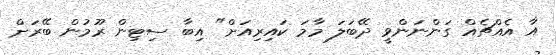
އާ އެއްޗެއް ގަންނަންވީ ދޭބަލަ މާމަ ކައިރިއަށް" އިބާ ސިޓިން ރޫމުން ބޭރަށް